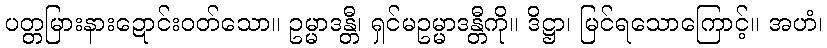
ပတ္တမြားနားဍောင်းဝတ်သော။ ဥမ္မာဒန္တီ၊ ရှင်မဥမ္မာဒန္တီကို။ ဒိဋ္ဌာ၊ မြင်ရသောကြောင့်။ အဟံ၊